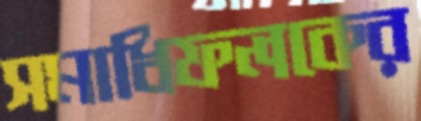
সমাধিফলকের